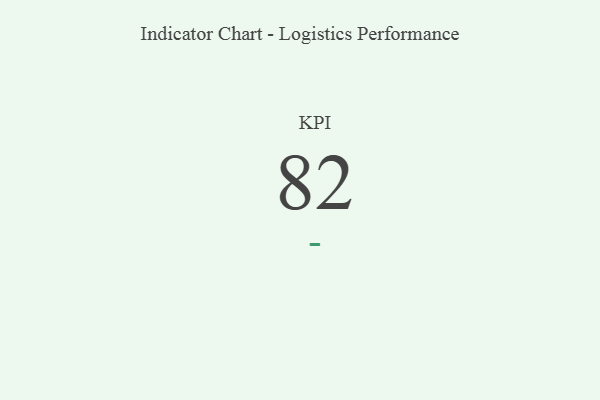
{"axis": {"x": "KPI", "y": "Value"}, "legend": [""], "data": [{"x": "KPI", "y": 82, "type": ""}]}